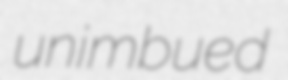
unimbued